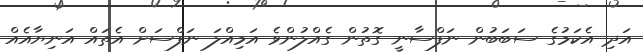
އަދި އެކަމުގެ ސަބަބުން ނަފްސާނީ ގޮތުން ގެއްލުންވެ އަމިއްލަ ނަފްސަށް އެތައް އަނިޔާއެއް